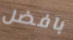
بافضل